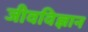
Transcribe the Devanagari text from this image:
जीवविज्ञान